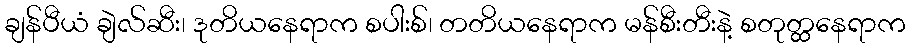
ချန်ပီယံ ချဲလ်ဆီး၊ ဒုတိယနေရာက စပါးစ်၊ တတိယနေရာက မန်စီးတီးနဲ့ စတုတ္ထနေရာက